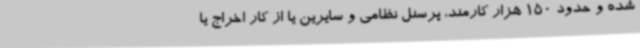
شده و حدود 150 هزار کارمند، پرسنل نظامی و سایرین یا از کار اخراج یا